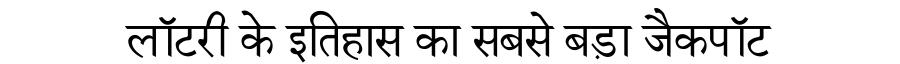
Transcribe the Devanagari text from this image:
लॉटरी के इतिहास का सबसे बड़ा जैकपॉट